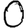
Digit: 0